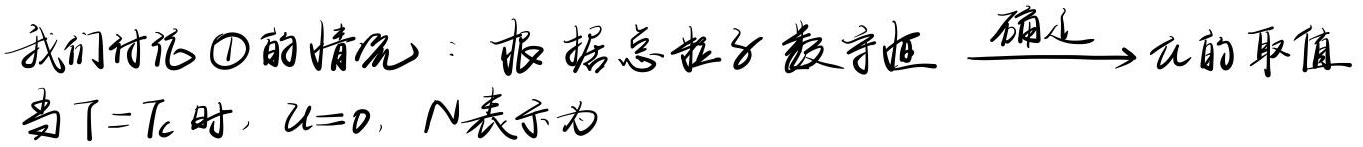
我们讨论\textcircled{1}的情况：根据总粒子数守恒 $\xrightarrow{确定} \mu$的取值。当$T = T_c$时，$\mu = 0$，$N$表示为